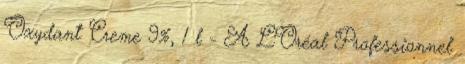
Oxydant Creme 9%, 1 l - A L'Oréal Professionnel